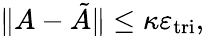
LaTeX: \| A-\tilde{A}\| \leq\kappa\varepsilon_{\mathrm{tri}},